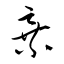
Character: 棄